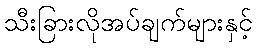
သီးခြားလိုအပ်ချက်များနှင့်